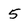
Character: 5